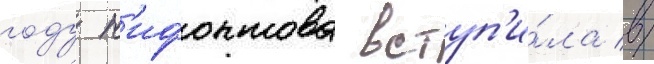
году н'ифонтова вступ'и́ла в